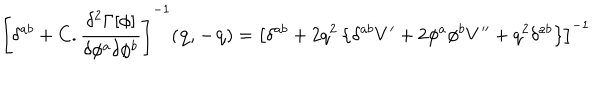
\left[ \delta ^ { a b } + C . \frac { \delta ^ { 2 } \Gamma [ \phi ] } { \delta \phi ^ { a } \delta \phi ^ { b } } \right] ^ { - 1 } ( \mathbf { q } , \mathbf { - q } ) = \left[ \delta ^ { a b } + 2 q ^ { 2 } \left\{ \delta ^ { a b } V ^ { \prime } + 2 \phi ^ { a } \phi ^ { b } V ^ { \prime \prime } + q ^ { 2 } \delta ^ { a b } \right\} \right] ^ { - 1 }